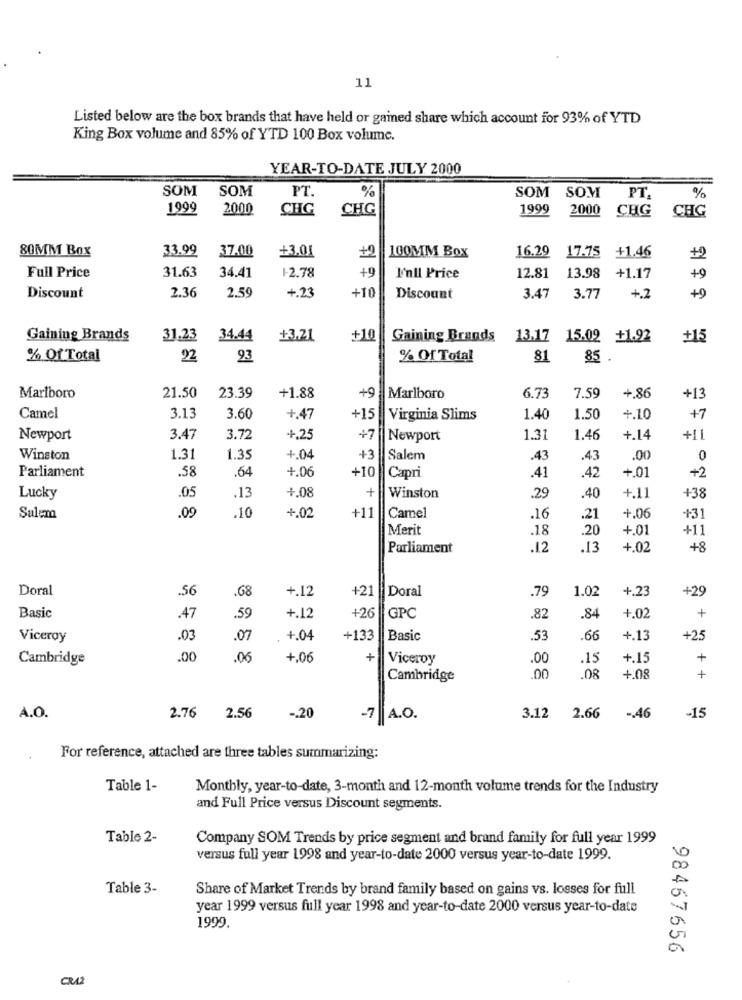
11
Listed below are the box brands that have held or gained share which account for 93% of YTD
King Box volume and 85% of YTD 100 Box volume.
YEAR-TO-DATE JULY 2000
SOM
SOM
%
PT.
SOM SOM
PT.
%
1999
2000
CHG
CHG
1999
2000
CHG
CHG
古古は
80MM Box
33.99
37.00
+3.01
+2
100MM Box
16.29
17.75 +1.46
31.63
+9
13.98 +1.17
Full Price
34.41
1-2.78
I'nll Price
12.81
2.36
2.59
+10
Discount
+.23
Discount
3.47
3.77
+.2
Gaining Brands
31.23
34.44
+3.21
+10
Gaining Brands 13.17 15.02 +1.92
+15
% Of Total
22
93
% Of Total
81
85 .
Marlboro
21.50
23.39
+1.88
+9 Marlboro
6.73
7.59
+.86
+13
3.13
Camel
3.60
+.47
+15
Virginia Slims
1.40
1.50
+.10
+7
Newport
3.47
3.72
+.25
+7
Newport
1.31
1.46
+.14
+11
Winston
1.31
1.35
+.04
+3
Salem
.43
.43
.00
0
.58
+10
+.0
+2
Parliament
.64
4.06
Capri
.41
.42
+
Lucky
.05
.13
+.08
Winston
.29
.40
+.11
+38
.09
.10
+.02
+11
Sulem
Camel
.16
.21
+.06
+31
Merit
.18
.20
+.01
+11
Parliament
.12
.13
+.02
+8
Doral
.56
.68
+.12
+21
Doral
.79
1.02
+.23
+29
+
Basic
.47
.59
+.12
+26
GPC
.82
.84
+.02
Viceroy
.03
.07
. +.04
+133
Basic
.53
.66
+.13
+25
Cambridge
.00
.06
+.06
+
Viceroy
.00
.15
+.15
+
Cambridge
.00
.08
+.08
+
A.O.
2.76
2.56
-. 20
-7 A.O.
3.12
2.66
-. 46
-15
For reference, attached are three tables summarizing:
Table 1-
Monthly, year-to-date, 3-month and 12-month volume trends for the Industry
and Full Price versus Discount segments.
Table 2-
Company SOM Trends by price segment and brand family for full year 1999
versus full year 1998 and year-to-date 2000 versus year-to-date 1999.
Table 3-
Share of Market Trends by brand family based on gains vs. losses for full
year 1999 versus full year 1998 and year-to-date 2000 versus year-to-date
1999.
98467656
CRA2